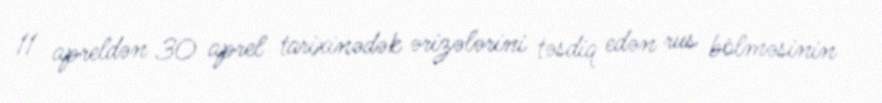
11 apreldən 30 aprel tarixinədək ərizələrini təsdiq edən rus bölməsinin